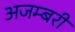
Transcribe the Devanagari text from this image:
अजम्बरी